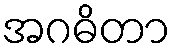
အဂဓိတာ